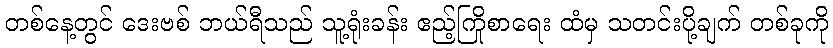
တစ်နေ့တွင် ဒေးဗစ် ဘယ်ရီသည် သူ့ရုံးခန်း ဧည့်ကြိုစာရေး ထံမှ သတင်းပို့ချက် တစ်ခုကို